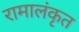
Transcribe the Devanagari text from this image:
रामालंकृत